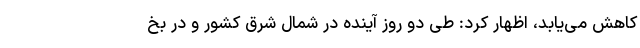
کاهش می‌یابد، اظهار کرد: طی دو روز آینده در شمال شرق کشور و در بخ